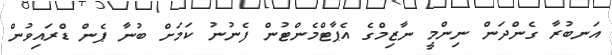
އަނބުރާ ގެންދަން ނިންމީ ނާޒިމްގެ އެޕާޓްމެންޓުން ފެނުނު ކަމަށް ބުނާ ޕެން ޑްރައިވުން